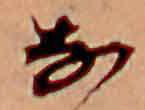
な